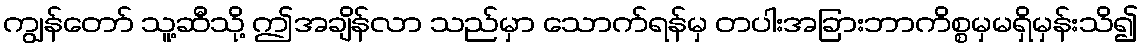
ကျွန်တော် သူ့ဆီသို့ ဤအချိန်လာ သည်မှာ သောက်ရန်မှ တပါးအခြားဘာကိစ္စမှမရှိမှန်းသိ၍